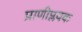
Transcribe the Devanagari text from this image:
प्राणीप्लवक